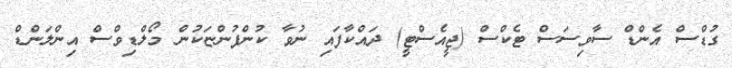
ގުޑްސް އެންޑް ސާވިސަސް ޓެކްސް (ޖީއެސްޓީ) ދައްކާފައި ނުވާ ކުންފުންޏަކުން މޯލްޑިވްސް އިންލަންޑް